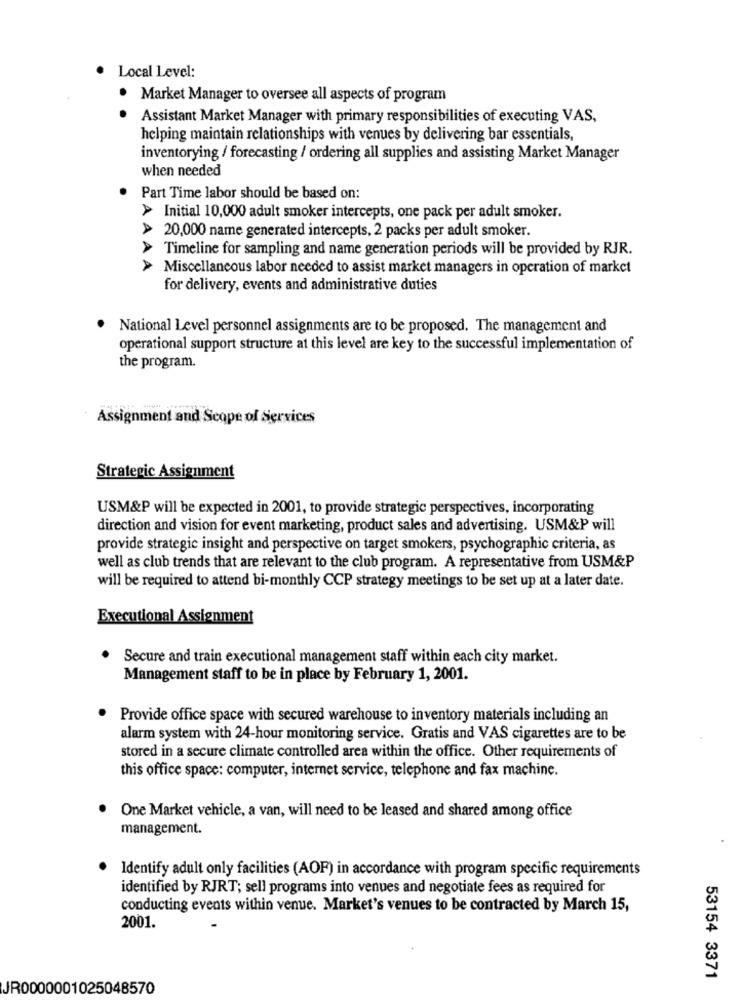
Local Level:
· Market Manager to oversee all aspects of program
Assistant Market Manager with primary responsibilities of executing VAS,
helping maintain relationships with venues by delivering bar essentials,
inventorying / forecasting / ordering all supplies and assisting Market Manager
when needed
Part Time labor should be based on:
> Initial 10,000 adult smoker intercepts, one pack per adult smoker.
AA.
20,000 name generated intercepts, 2 packs per adult smoker.
Timeline for sampling and name generation periods will be provided by RJR.
. A
Miscellaneous labor needed to assist market managers in operation of market
for delivery, events and administrative duties
National Level personnel assignments are to be proposed. The management and
operational support structure at this level are key to the successful implementation of
the program.
Assignment and Scope of Services
Strategic Assignment
USM&P will be expected in 2001, to provide strategic perspectives, incorporating
direction and vision for event marketing, product sales and advertising. USM&P will
provide strategic insight and perspective on target smokers, psychographic criteria, as
well as club trends that are relevant to the club program. A representative from USM&P
will be required to attend bi-monthly CCP strategy meetings to be set up at a later date.
Executional Assignment
Secure and train executional management staff within each city market.
Management staff to be in place by February 1, 2001.
Provide office space with secured warehouse to inventory materials including an
alarm system with 24-hour monitoring service. Gratis and VAS cigarettes are to be
stored in a secure climate controlled area within the office. Other requirements of
this office space: computer, internet service, telephone and fax machine.
· One Market vehicle, a van, will need to be leased and shared among office
management.
Identify adult only facilities (AOF) in accordance with program specific requirements
identified by RJRT; sell programs into venues and negotiate fees as required for
conducting events within venue. Market's venues to be contracted by March 15,
2001.
53154 3371
JR0000001025048570